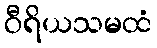
ဝီရိယသမထံ